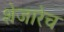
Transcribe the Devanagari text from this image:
शेजारेच